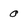
Character: 0